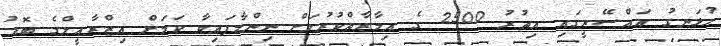
ހުޅަނގު އައްސޭރީގައި އިތުރު 2500 ގެ އިމާރާތްކުރުމަށް ނިންމާފައިވާ ކަމަށް އިޒްރާއީލްގެ ބޮޑު